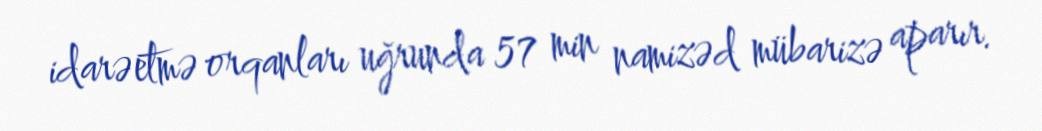
idarəetmə orqanları uğrunda 57 min namizəd mübarizə aparır.